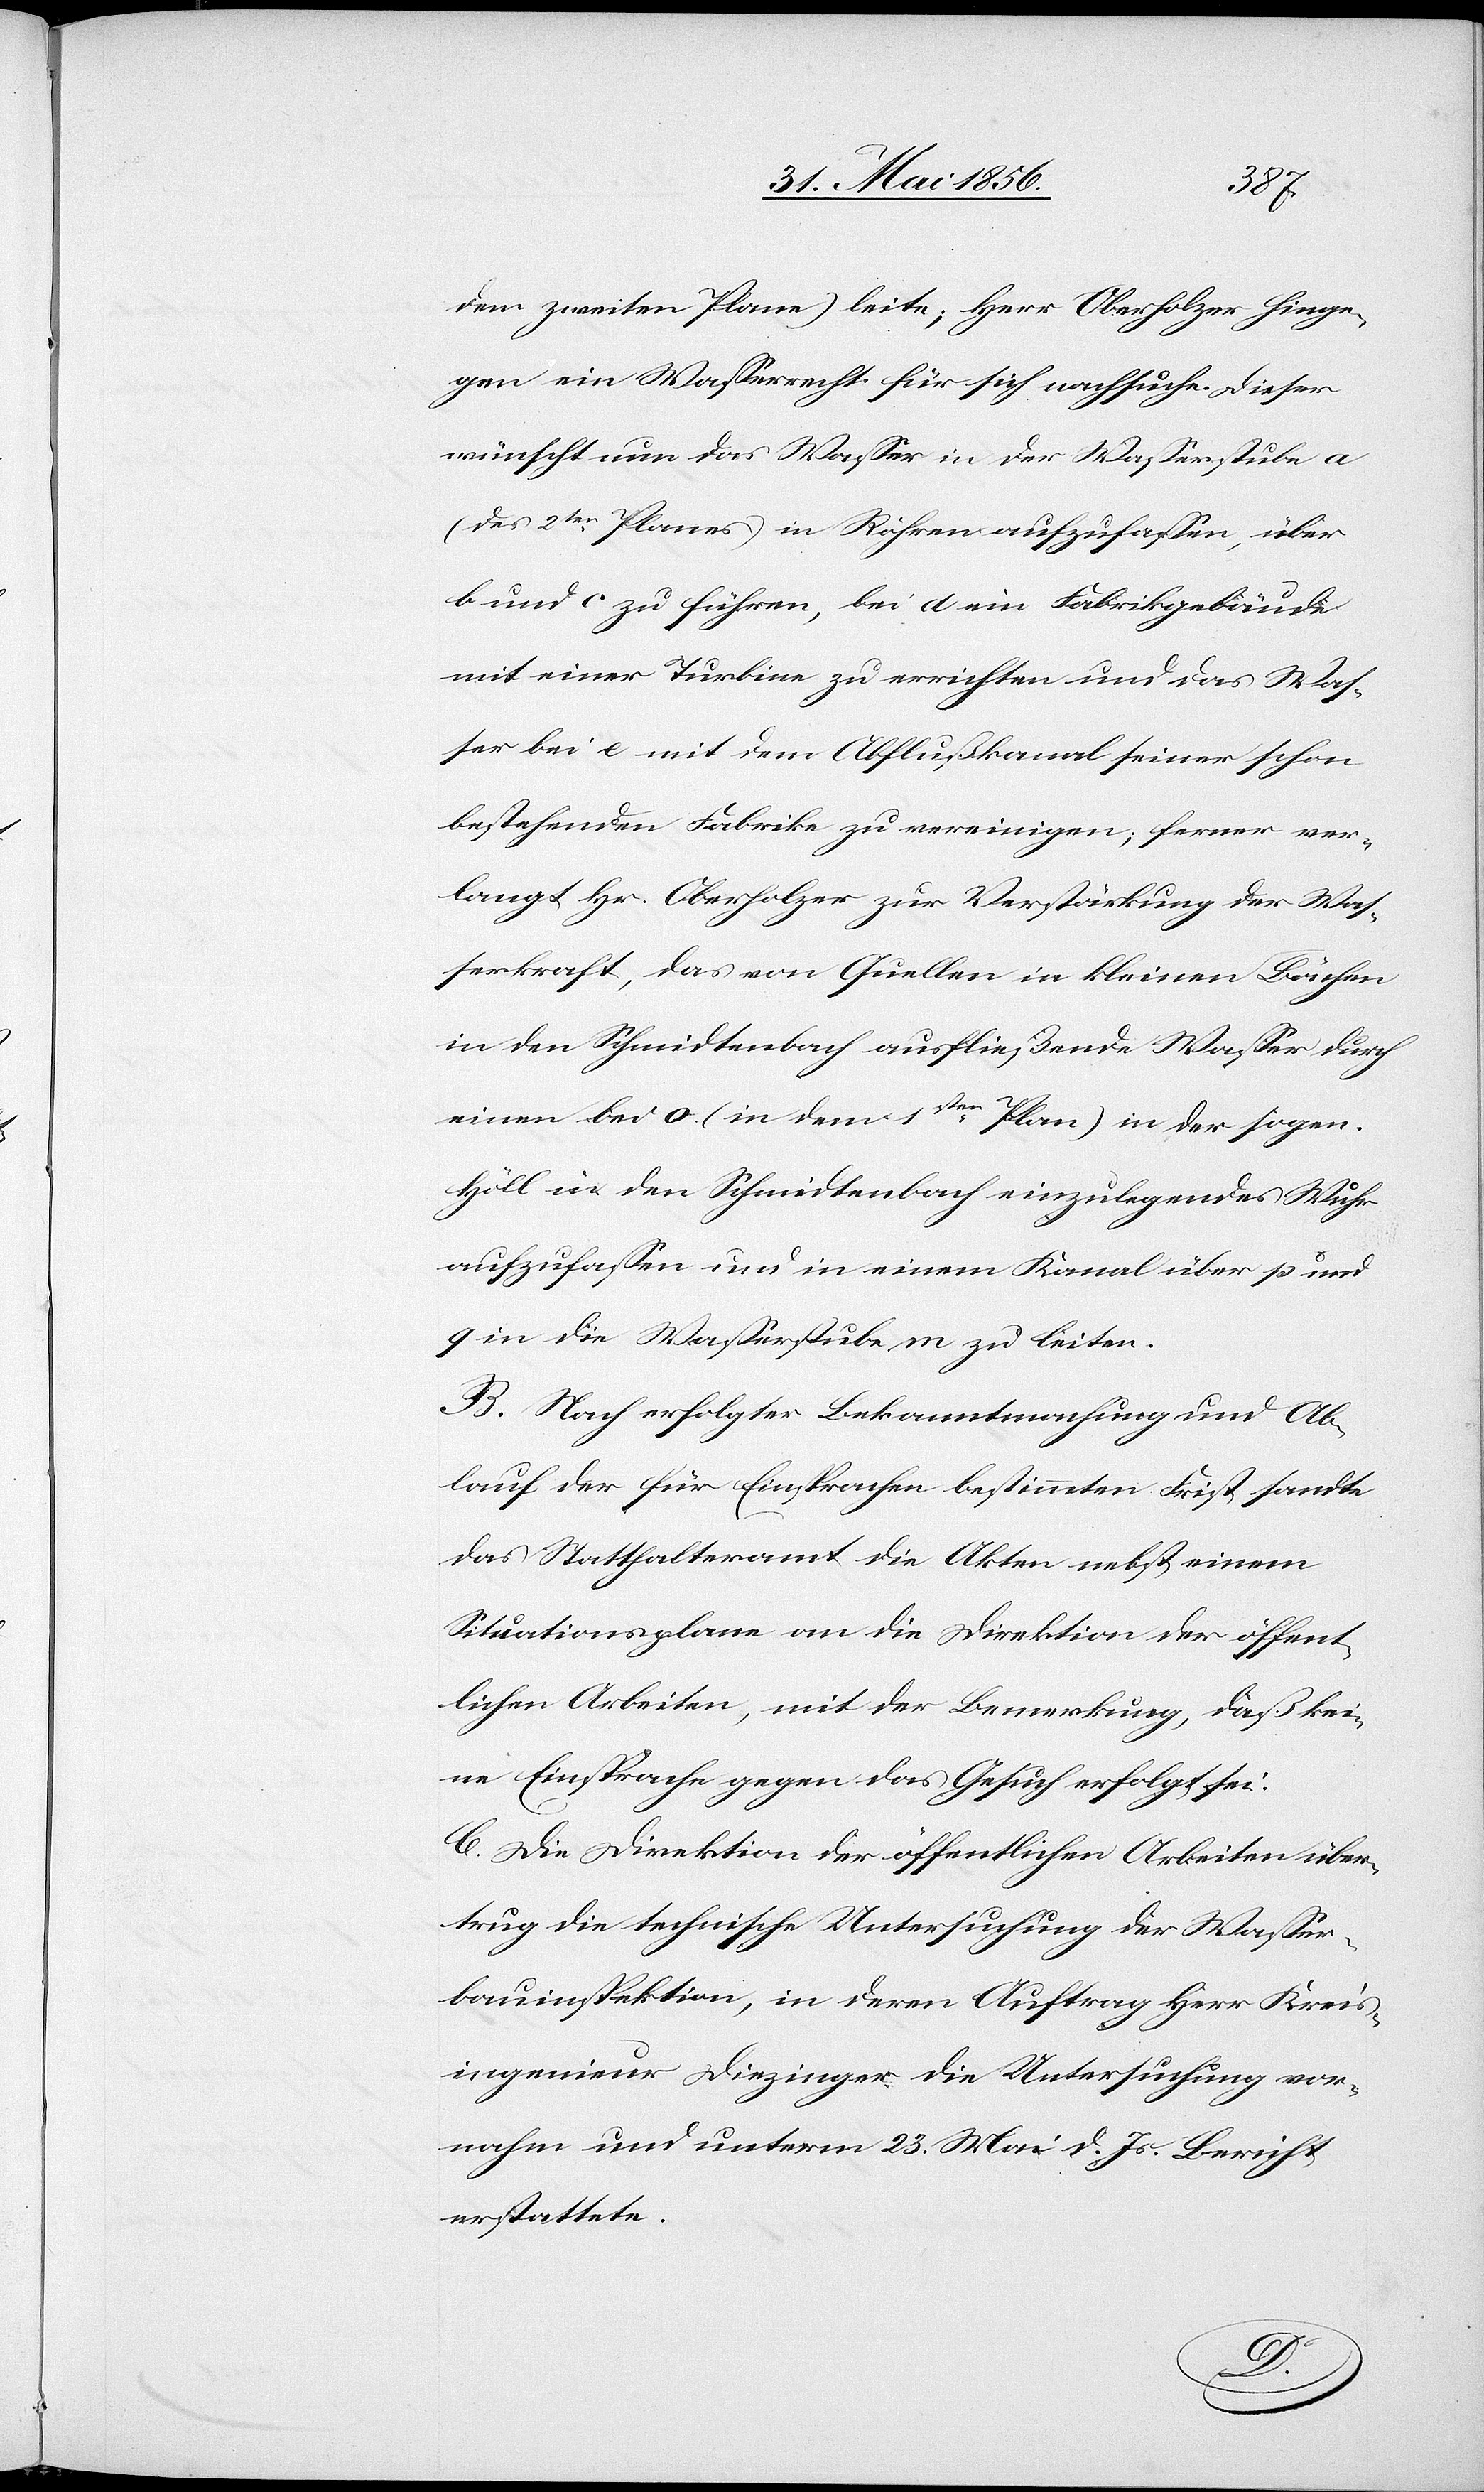
dem zweiten Plane) leite; Herr Oberholzer hinge¬
gen ein Wasserrecht für sich nachsuche. Dieser
wünscht nun das Wasser in der Wasserstube a
(des 2ten Planes) in Röhren aufzufassen, über
b und c zu führen, bei d ein Fabrikgebäude
mit einer Turbine zu errichten und das Was¬
ser bei e mit dem Abflußkanal seiner schon
bestehenden Fabrike zu vereinigen; ferner ver¬
langt Hr. Oberholzer zur Verstärkung der Was¬
serkraft, das von Quellen in kleinen Bächen
in den Schmidtenbach ausfließende Wasser durch
einen bei o (in dem 1sten Plan) in der sogen.
Höll in den Schmidtenbach einzulegendes Wuhr
aufzufassen und in einem Kanal über p und
q in die Wasserstube m zu leiten.
B. Nach erfolgter Bekanntmachung und Ab¬
lauf der für Einsprachen bestimmten Frist sandte
das Statthalteramt die Akten nebst einem
Situationsplane an die Direktion der öffent¬
lichen Arbeiten, mit der Bemerkung, daß kei¬
ne Einsprache gegen das Gesuch erfolgt sei.
C. Die Direktion der öffentlichen Arbeiten über¬
trug die technische Untersuchung der Wasser¬
bauinspektion, in deren Auftrag Herr Kreis¬
ingenieur Diezinger die Untersuchung vor¬
nahm und unterm 23. Mai d. Js. Bericht
erstattete.